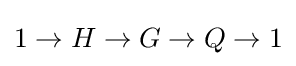
1\to H\to G\to Q\to 1